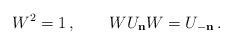
LaTeX: \begin{align*}W^{2} = 1 \, , \qquad WU_{\bf n} W = U_{-\bf n} \, .\end{align*}